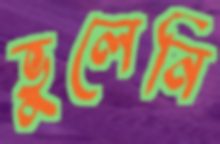
ভুলেনি